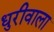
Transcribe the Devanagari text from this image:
धुरीवाला